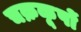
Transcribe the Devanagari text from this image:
चक्रकूपों